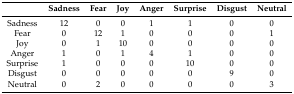
<table><thead><tr><td></td><td><b>Sadness</b></td><td><b>Fear</b></td><td><b>Joy</b></td><td><b>Anger</b></td><td><b>Surprise</b></td><td><b>Disgust</b></td><td><b>Neutral</b></td></tr></thead><tbody><tr><td>Sadness</td><td>12</td><td>0</td><td>0</td><td>1</td><td>1</td><td>0</td><td>0</td></tr><tr><td>Fear</td><td>0</td><td>12</td><td>1</td><td>0</td><td>0</td><td>0</td><td>1</td></tr><tr><td>Joy</td><td>0</td><td>1</td><td>10</td><td>0</td><td>0</td><td>0</td><td>0</td></tr><tr><td>Anger</td><td>1</td><td>0</td><td>1</td><td>4</td><td>1</td><td>0</td><td>0</td></tr><tr><td>Surprise</td><td>1</td><td>0</td><td>0</td><td>0</td><td>10</td><td>0</td><td>0</td></tr><tr><td>Disgust</td><td>0</td><td>0</td><td>0</td><td>0</td><td>0</td><td>9</td><td>0</td></tr><tr><td>Neutral</td><td>0</td><td>2</td><td>0</td><td>0</td><td>0</td><td>0</td><td>3</td></tr></tbody></table>